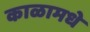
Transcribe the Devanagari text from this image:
काळामधे